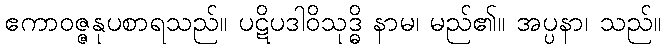
ဧကာဝဇ္ဇနုပစာရသည်။ ပဋိပဒါဝိသုဒ္ဓိ နာမ၊ မည်၏။ အပ္ပနာ၊ သည်။